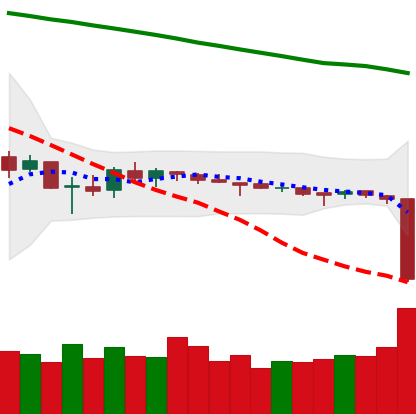
Ticker: ETC-USD
Chart end date: 2018-10-11
Forward return: 5.916%
Label: up_5_7